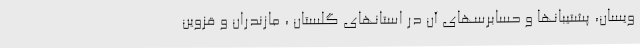
ویسان، پشتیبانها و حسابرسهای آن در استانهای گلستان ، مازندران و قزوین